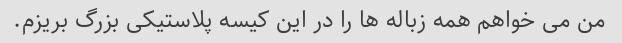
من می خواهم همه زباله ها را در این کیسه پلاستیکی بزرگ بریزم.